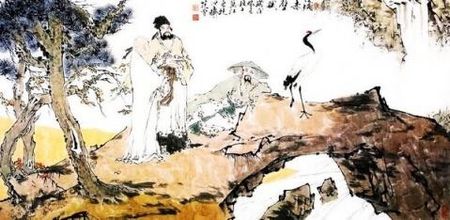
木落山空天远大，送飞鸿北去伤怀久。